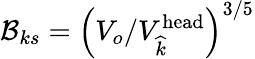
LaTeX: \mathcal{B}_{ks}=\left(V_{o}/V_{\widehat{k}}^{\textrm{head}}\right)^{3/5}